Jaan_Tonisson_(Lasteleht), lk 169
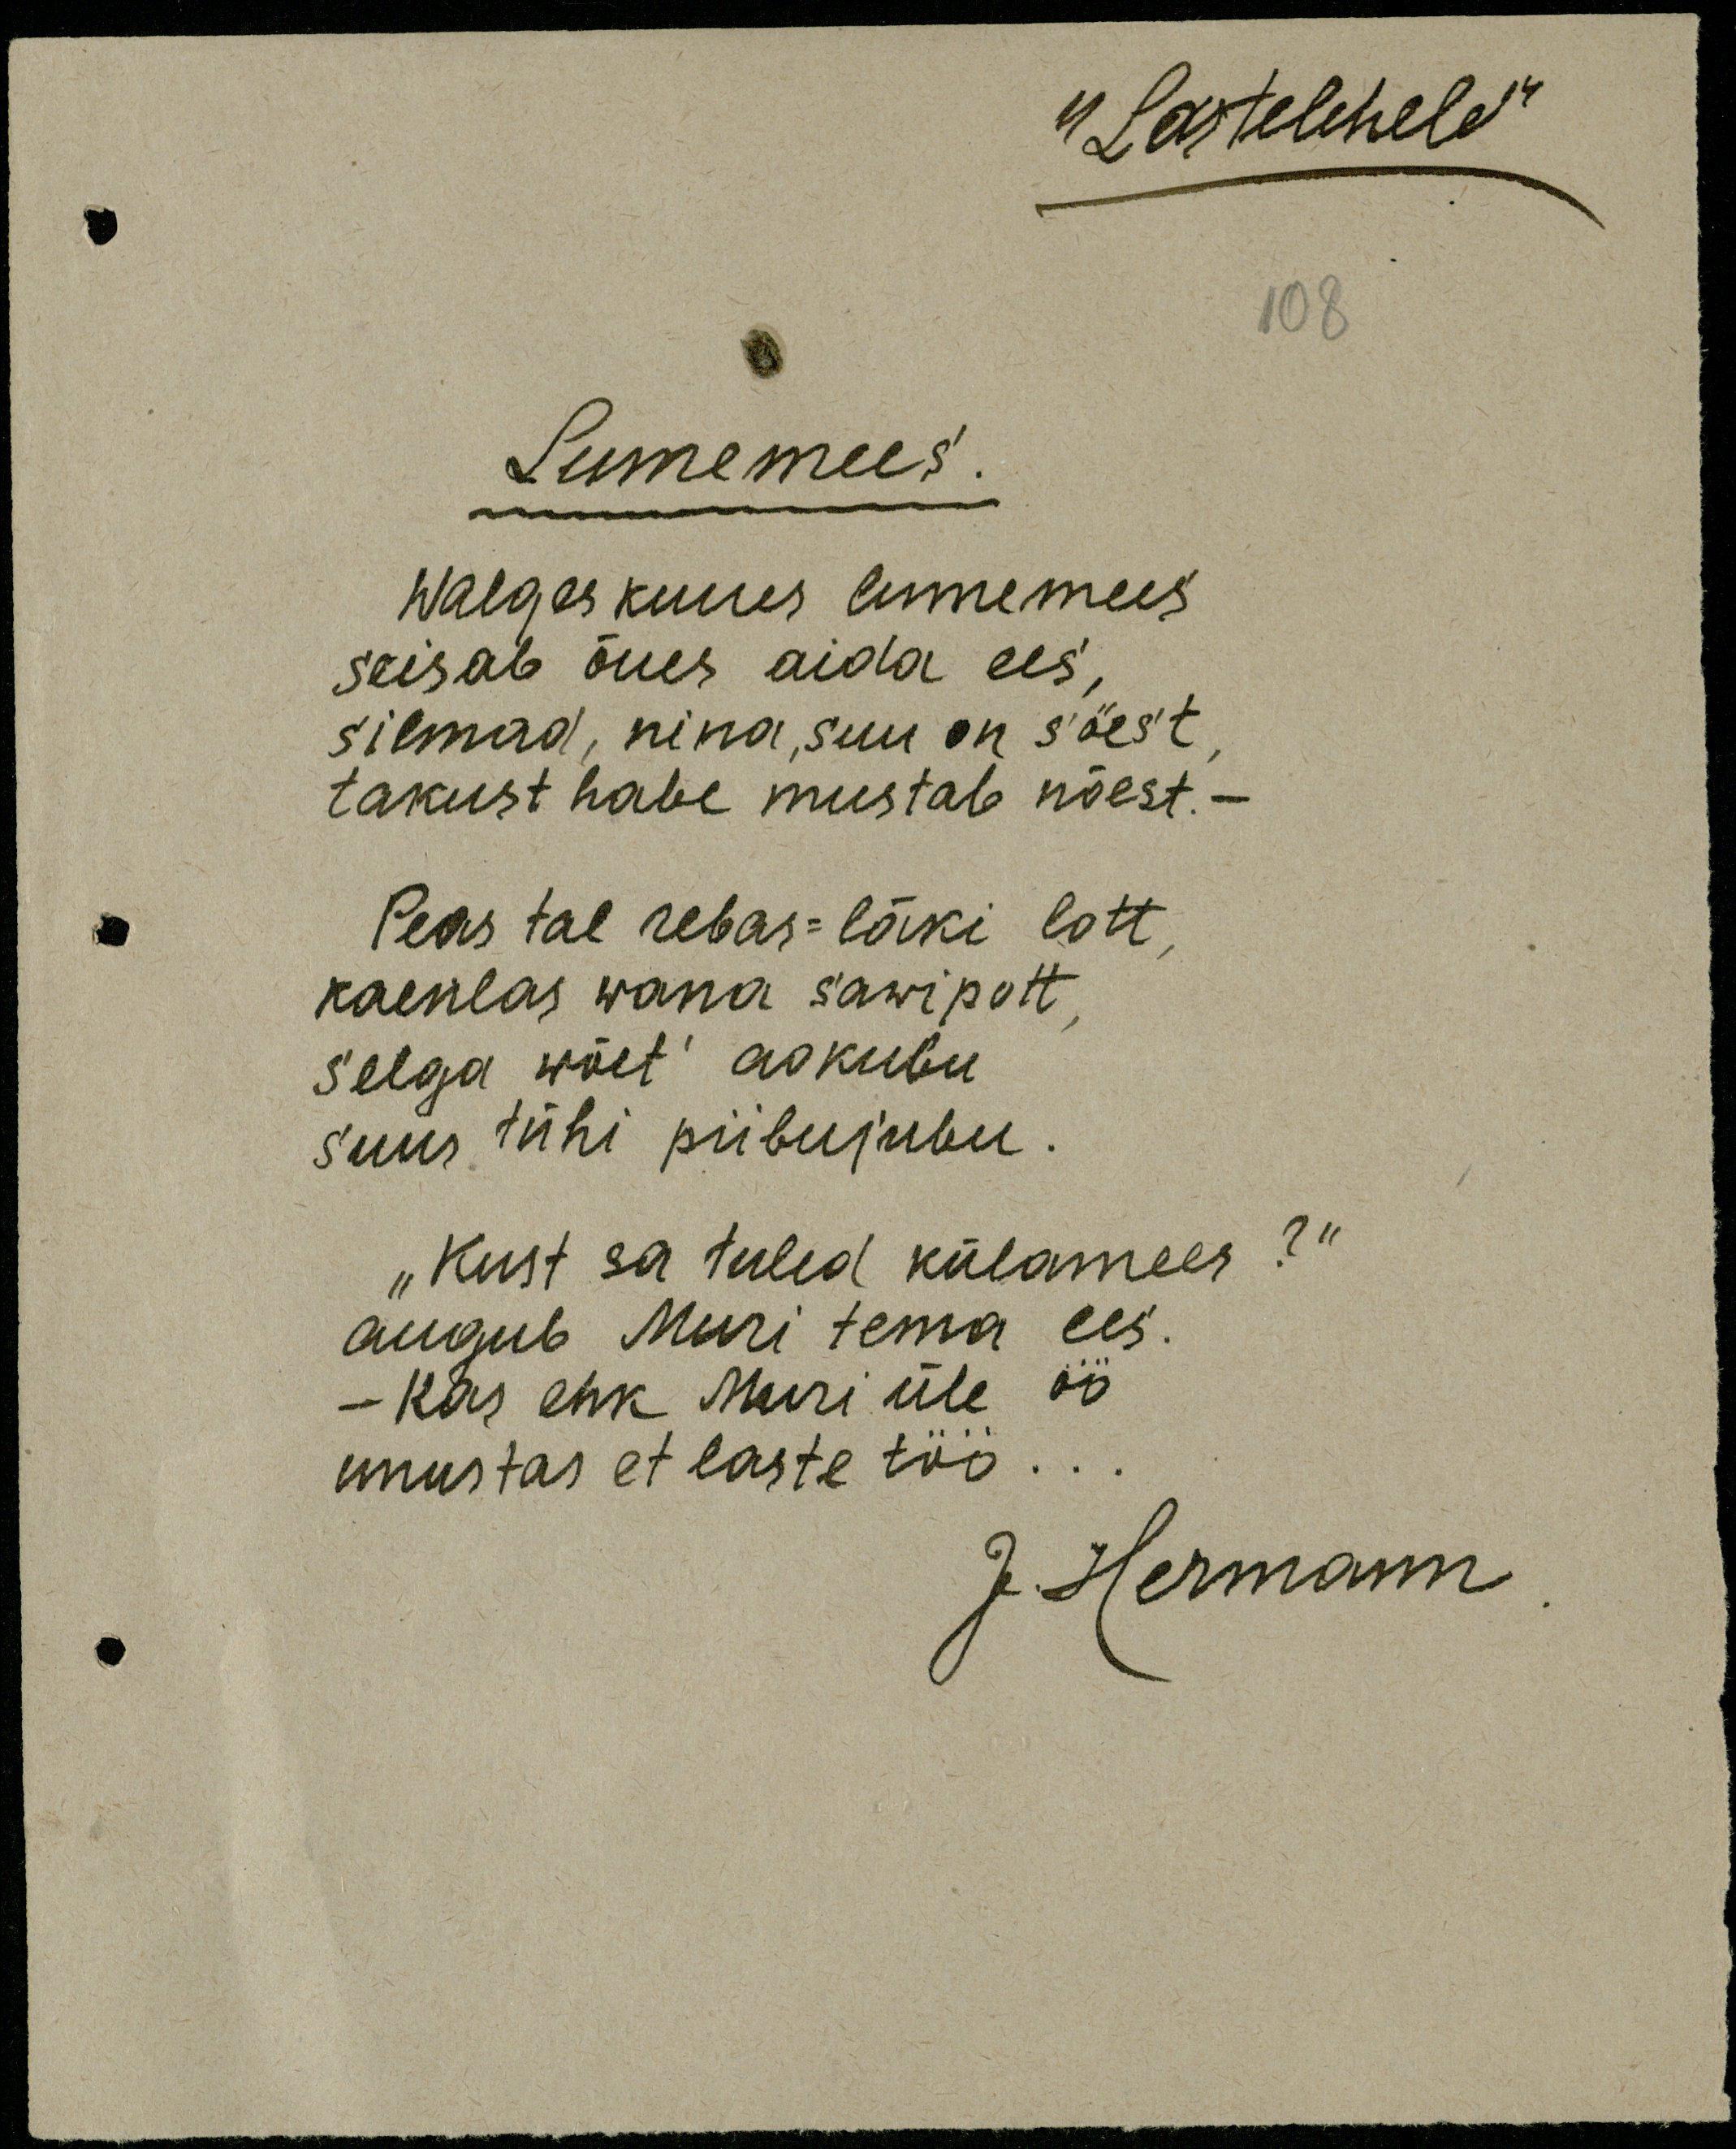
"Lastelehele"
108
Lumemees!
Walges kuues lumemees.
seisab õues aida ees,
silmad, nina, suu on söest
takust habe mustab nõest. -
Peas tal rebas-läki lott,
kaenlas wana sawipott
selga wõet' aokubu.
suus tühi piibujubu.
"Kust sa tuled külamees?"
augub Muri tema ees.
Kas ehk Muri üle öö
unustas et laste töö..
J. Hermann